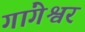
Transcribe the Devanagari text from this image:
गांगेश्वर